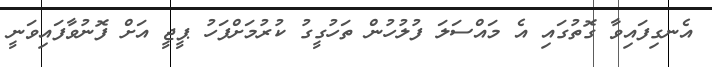
އެނގިފައިވާ ގޮތުގައި އެ މައްސަލަ ފުލުހުން ތަހުގީގު ކުރުމަށްފަހު ޕީޖީ އަށް ފޮނުވާފައިވަނީ